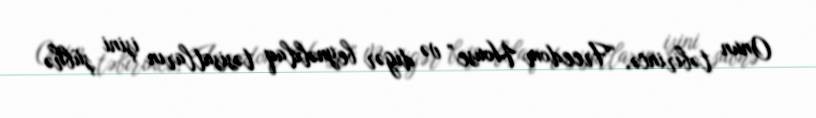
Onun təbirincə, “Freedom House” və digər beynəlxlaq təsisatların işini şübhə